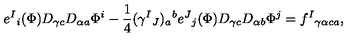
e ^ { I } { } _ { i } ( \Phi ) D _ { \gamma c } D _ { \alpha a } \Phi ^ { i } - { \frac { 1 } { 4 } } ( \gamma ^ { I } { } _ { J } ) _ { a } { } ^ { b } e ^ { J } { } _ { j } ( \Phi ) D _ { \gamma c } D _ { \alpha b } \Phi ^ { j } = f ^ { I } { } _ { \gamma \alpha c a } ,